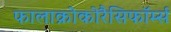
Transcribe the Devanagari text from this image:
फालाक्रोकोरैसिफॉर्म्स